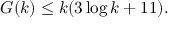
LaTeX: G ( k ) \leq k ( 3 \log k + 1 1 ) .